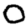
Digit: 0